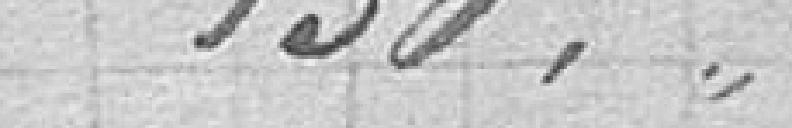
150